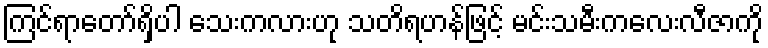
ကြင်ရာတော်ရှိပါ သေးကလားဟု သတိရဟန်ဖြင့် မင်းသမီးကလေးလီဇာကို